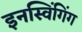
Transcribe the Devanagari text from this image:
इनस्विंगिंग